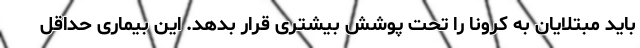
باید مبتلایان به کرونا را تحت پوشش بیشتری قرار بدهد. این بیماری حداقل